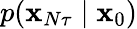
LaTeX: p(\mathbf{x}_{N\tau}\mid\mathbf{x}_{0})